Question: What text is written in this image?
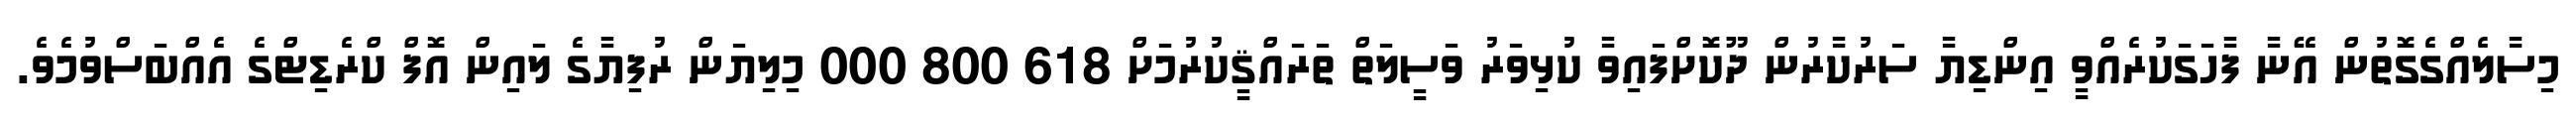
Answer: މިސާލެއްގެގޮތުން އޭނާ ފާހަގަކުރެއްވީ އިންޑިޔާ ސަރުކާރުން ދޫކޮށްފައިވާ ކުޅިވަރު ވަސީލަތް ތަރައްޤީކުރުމަށް 618 800 000 މިލިޔަން ރުފިޔާގެ ލައިން އޮފް ކްރެޑިޓްގެ އެއްބަސްވުމެވެ.